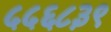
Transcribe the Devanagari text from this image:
५५६८३९